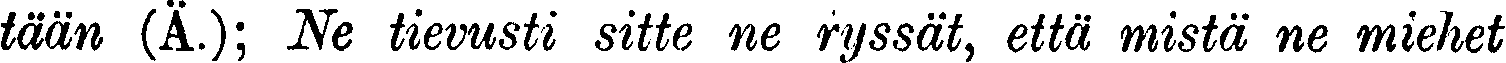
tään (Ä.); Ne tievusti sitte ne ryssät, että mistä ne miehet